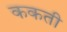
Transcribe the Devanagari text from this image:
ककती